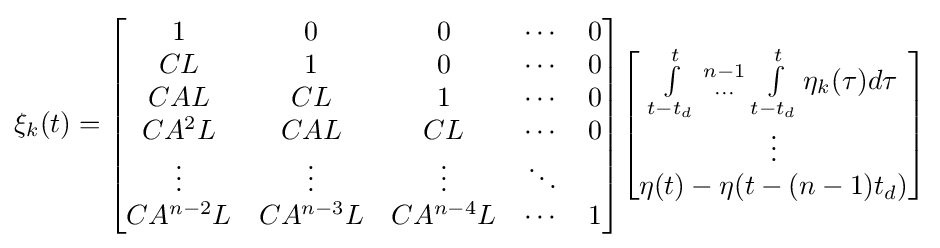
\xi _{k}(t)={\begin{bmatrix}1&0&0&\cdots &0\\CL&1&0&\cdots &0\\CAL&CL&1&\cdots &0\\CA^{2}L&CAL&CL&\cdots &0\\\vdots &\vdots &\vdots &\ddots \\CA^{n-2}L&CA^{n-3}L&CA^{n-4}L&\cdots &1\end{bmatrix}}{\begin{bmatrix}\int \limits _{t-t_{d}}^{t}{{n-1} \atop \cdots }\int \limits _{t-t_{d}}^{t}\eta _{k}(\tau )d\tau \\\vdots \\\eta (t)-\eta (t-(n-1)t_{d})\end{bmatrix}}